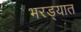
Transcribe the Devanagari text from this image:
भरड्यात